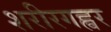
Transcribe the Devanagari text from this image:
शरीरगह्वर